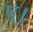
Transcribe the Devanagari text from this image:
प्।